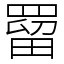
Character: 罶